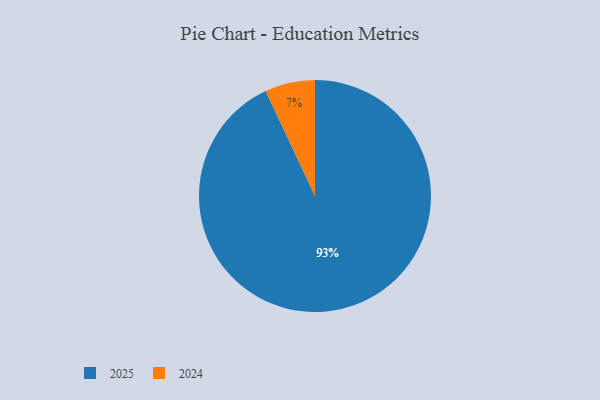
{"axis": {"x": "Category", "y": "Percentage"}, "legend": ["2024", "2025"], "data": [{"x": "2025", "y": 93, "type": "2025"}, {"x": "2024", "y": 7, "type": "2024"}]}